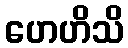
ဟေဟိသိ